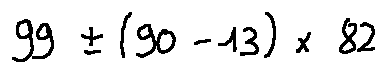
9 9 \pm ( 9 0 - 1 3 ) \times 8 2